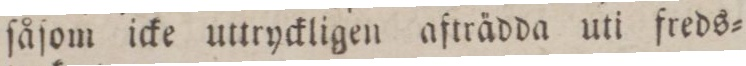
ſåſom icke uttryckligen afträdda uti freds=